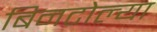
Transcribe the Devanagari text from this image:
बिनटोल्या